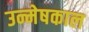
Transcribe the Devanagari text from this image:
उन्मेषकाल